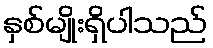
နှစ်မျိုးရှိပါသည်